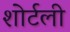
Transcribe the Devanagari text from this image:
शोर्टली